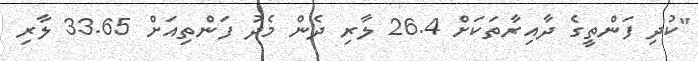
"ކުދި ފަންތީގެ ދާއިރާތަކަށް 26.4 ލާރި ދެން މެދު ފަންތިއަށް 33.65 ލާރި